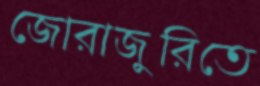
জোরাজুরিতে